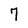
Character: 7